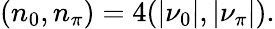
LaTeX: (n_{0},n_{\pi})=4(|\nu_{0}|,|\nu_{\pi}|).